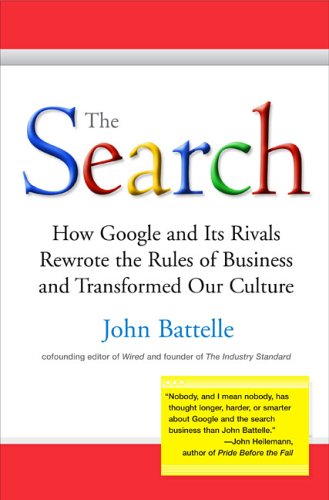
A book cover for The Search: How Google and Its Rivals Rewrote the Rules of Business and Transformed Our Culture; John Battelle; Computers & Technology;